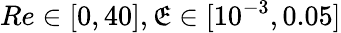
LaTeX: Re\in[0,40],\mathfrak{E}\in[10^{-3},0.05]